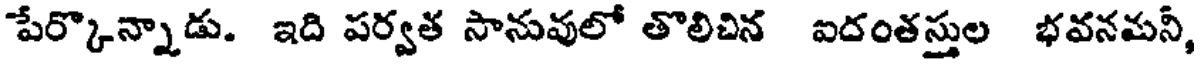
పేర్కొన్నాడు. ఇది పర్వత సానువులో తొలిచిన ఐదంతస్తుల భవనమనీ,